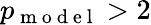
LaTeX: p_{\mathrm{~m~o~d~e~l~}}>2